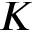
K